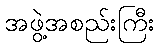
အဖွဲ့အစည်းကြီး